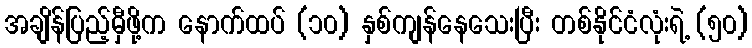
အချိန်ပြည့်မှီဖို့က နောက်ထပ် (၁၀) နှစ်ကျန်နေသေးပြီး တစ်နိုင်ငံလုံးရဲ့ (၅၀)